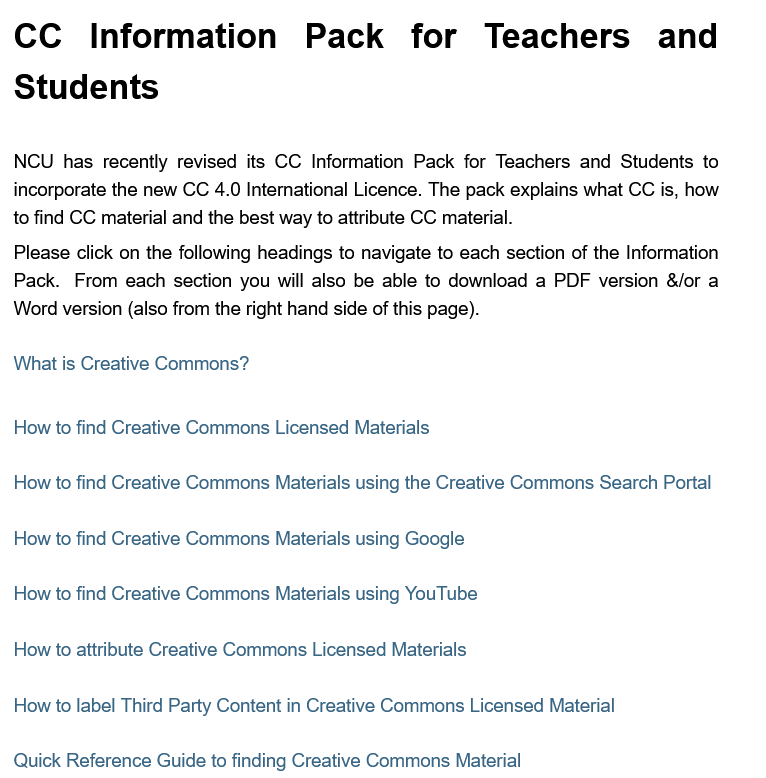
CC    Information    Pack    for    Teachers    and
  Students
  NCU has recently revised its CC Information Pack for Teachers and Students to
  incorporate the new CC 4.0 International Licence. The pack explains what CC is, how
  to find CC material and the best way to attribute CC material.
  Please click on the following headings to navigate to each section of the Information
  Pack. From each section you will also be able to download a PDF version &/or a
  Word version (also from the right hand side of this page).
  What is Creative Commons?
  How to find Creative Commons Licensed Materials
  How to find Creative Commons Materials using the Creative Commons Search Portal
  How to find Creative Commons Materials using Google
  How to find Creative Commons Materials using YouTube
  How to attribute Creative Commons Licensed Materials
  How to label Third Party Content in Creative Commons Licensed Material
  Quick Reference Guide to finding Creative Commons Material